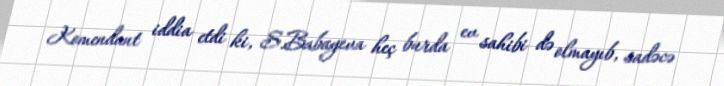
Komendant iddia etdi ki, S.Babayeva heç burda ev sahibi də olmayıb, sadəcə